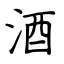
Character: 酒